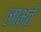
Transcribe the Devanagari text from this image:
लाभते़